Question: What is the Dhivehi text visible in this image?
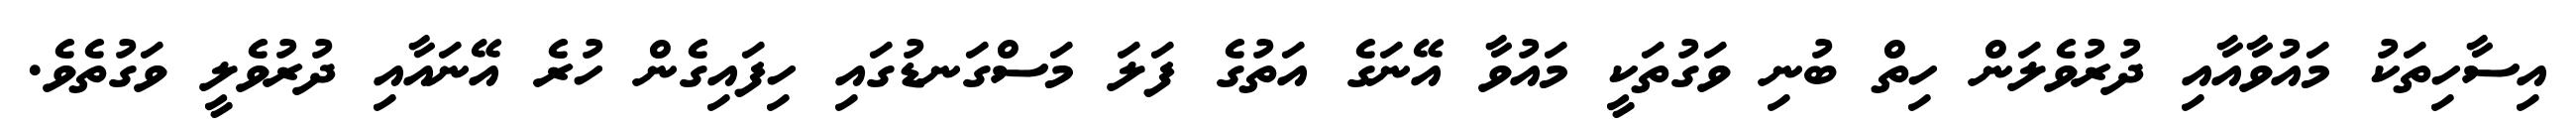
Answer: އިސާހިތަކު މައުވާއާއި ދުރުވެލަން ހިތް ބުނި ވަގުތަކީ މައުވާ އޭނަގެ އަތުގެ ފަލަ މަސްގަނޑުގައި ހިފައިގެން ހުރެ އޭނައާއި ދުރުވެލީ ވަގުތެވެ.